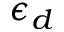
\epsilon _ { d }